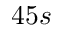
4 5 s